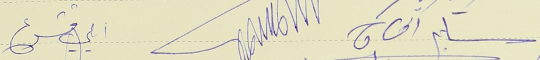
سليم الحاج ايلي قشوع